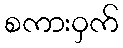
စကားဝှက်